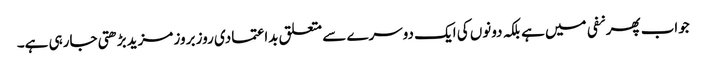
جواب پھر نفی میں ہے بلکہ دونوں کی ایک دوسرے سے متعلق بداعتمادی روز بروز مزیدبڑھتی جارہی ہے۔